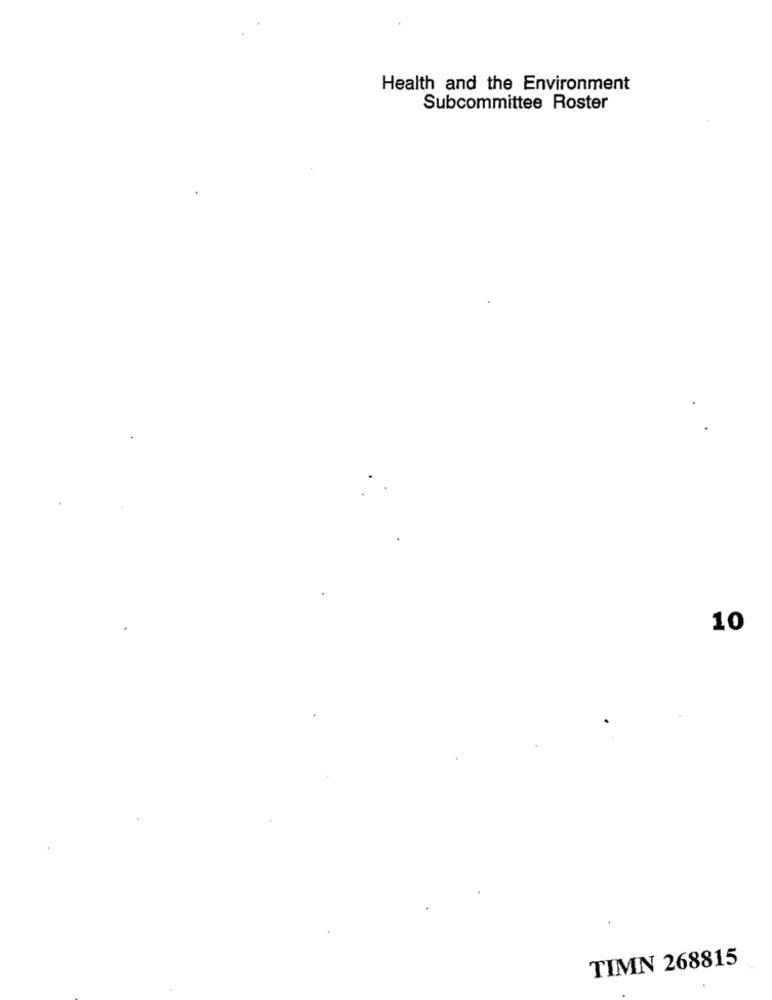
Health and the Environment
Subcommittee Roster
10
TIMN 268815